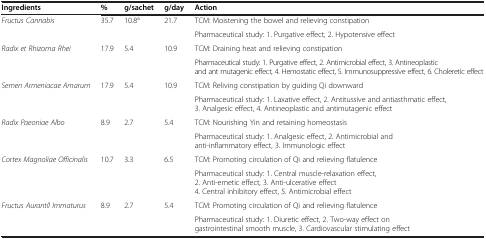
<table><thead><tr><td><b>Ingredients</b></td><td><b>%</b></td><td><b>g/sachet</b></td><td><b>g/day</b></td><td><b>Action</b></td></tr></thead><tbody><tr><td><i>Fructus Cannabis</i></td><td>35.7</td><td>10.8<sup>a</sup></td><td>21.7</td><td>TCM: Moistening the bowel and relieving constipation</td></tr><tr><td> </td><td> </td><td> </td><td> </td><td>Pharmaceutical study: 1. Purgative effect, 2. Hypotensive effect</td></tr><tr><td><i>Radix et Rhizoma Rhei</i></td><td>17.9</td><td>5.4</td><td>10.9</td><td>TCM: Draining heat and relieving constipation</td></tr><tr><td> </td><td> </td><td> </td><td> </td><td>Pharmaceutical study: 1. Purgative effect, 2. Antimicrobial effect, 3. Antineoplastic and ant mutagenic effect, 4. Hemostatic effect, 5. Immunosuppressive effect, 6. Choleretic effect</td></tr><tr><td><i>Semen Armeniacae Amarum</i></td><td>17.9</td><td>5.4</td><td>10.9</td><td>TCM: Reliving constipation by guiding Qi downward</td></tr><tr><td> </td><td> </td><td> </td><td> </td><td>Pharmaceutical study: 1. Laxative effect, 2. Antitussive and antiasthmatic effect, 3. Analgesic effect, 4. Antineoplastic and antimutagenic effect</td></tr><tr><td><i>Radix Paeoniae Albo</i></td><td>8.9</td><td>2.7</td><td>5.4</td><td>TCM: Nourishing Yin and retaining homeostasis</td></tr><tr><td> </td><td> </td><td> </td><td> </td><td>Pharmaceutical study: 1. Analgesic effect, 2. Antimicrobial and anti-inflammatory effect, 3. Immunologic effect</td></tr><tr><td><i>Cortex Magnoliae Officinalis</i></td><td>10.7</td><td>3.3</td><td>6.5</td><td>TCM: Promoting circulation of Qi and relieving flatulence</td></tr><tr><td> </td><td> </td><td> </td><td> </td><td>Pharmaceutical study: 1. Central muscle-relaxation effect, 2. Anti-emetic effect, 3. Anti-ulcerative effect 4. Central inhibitory effect, 5. Antimicrobial effect</td></tr><tr><td><i>Fructus Aurantll Immaturus</i></td><td>8.9</td><td>2.7</td><td>5.4</td><td>TCM: Promoting circulation of Qi and relieving flatulence</td></tr><tr><td> </td><td> </td><td> </td><td> </td><td>Pharmaceutical study: 1. Diuretic effect, 2. Two-way effect on gastrointestinal smooth muscle, 3. Cardiovascular stimulating effect</td></tr></tbody></table>